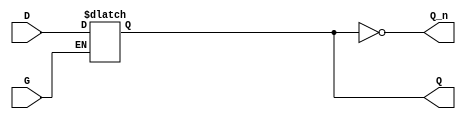
module GatedDLatch (
    input wire D,        // Data input
    input wire G,        // Gate/Enable input
    output reg Q,        // Output
    output wire Q_n      // Complement of output
);

// Assign the complement of Q
assign Q_n = ~Q;

// Always block to model the behavior of the Gated D Latch
always @(*) begin
    if (G) begin
        Q = D;          // When G is high, Q takes the value of D
    end
    // When G is low, Q retains its previous value (implicit behavior)
end

endmodule